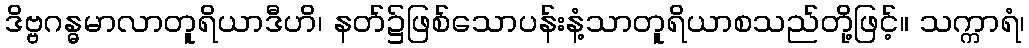
ဒိဗ္ဗဂန္ဓမာလာတူရိယာဒီဟိ၊ နတ်၌ဖြစ်သောပန်းနံ့သာတူရိယာစသည်တို့ဖြင့်။ သက္ကာရံ၊